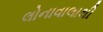
લોનાવાલાથી